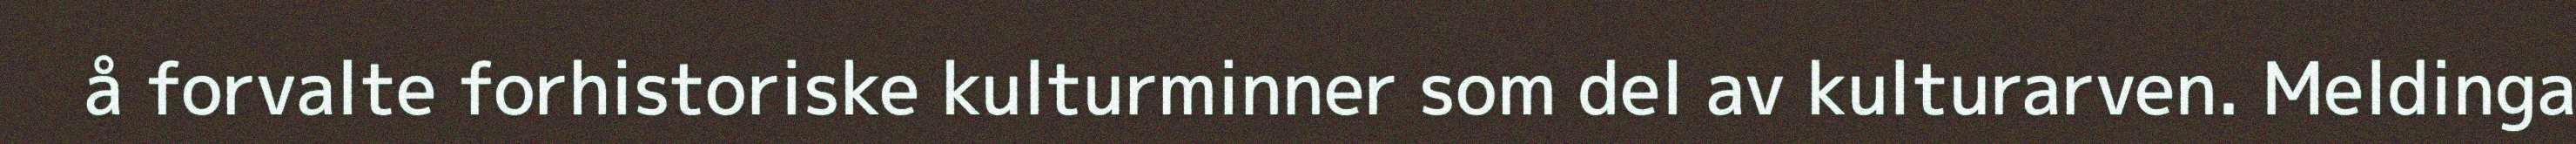
å forvalte forhistoriske kulturminner som del av kulturarven. Meldinga